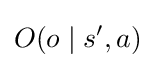
O(o\mid s',a)